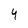
Character: 4